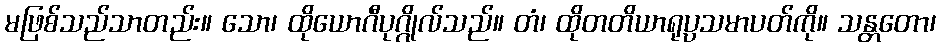
မဖြစ်သည်သာတည်း။ သော၊ ထိုယောဂီပုဂ္ဂိုလ်သည်။ တံ၊ ထိုတတိယာရုပ္ပသမာပတ်ကို။ သန္တတော၊